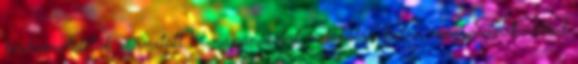
kézhezvételétől számított 14 napon belül indokolás külön magyarázat nélkül